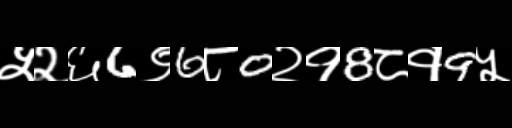
Text: ५२६6९6८0२१8८१9५